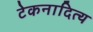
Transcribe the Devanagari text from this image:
टेकनादित्य